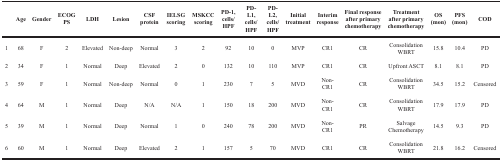
<table><thead><tr><td></td><td colspan="2"><b>Age</b></td><td colspan="2"><b>Gender</b></td><td colspan="2"><b>ECOG PS</b></td><td colspan="2"><b>LDH</b></td><td colspan="2"><b>Lesion</b></td><td colspan="2"><b>CSF protein</b></td><td colspan="2"><b>IELSG scoring</b></td><td colspan="2"><b>MSKCC scoring</b></td><td colspan="2"><b>PD-1, cells/ HPF</b></td><td colspan="2"><b>PD-L1, cells/ HPF</b></td><td colspan="2"><b>PD-L2, cells/ HPF</b></td><td colspan="2"><b>Initial treatment</b></td><td colspan="2"><b>Interim response</b></td><td colspan="2"><b>Final response after primary chemotherapy</b></td><td colspan="2"><b>Treatment after primary chemotherapy</b></td><td colspan="2"><b>OS (mon)</b></td><td colspan="2"><b>PFS (mon)</b></td><td colspan="2"><b>COD</b></td></tr></thead><tbody><tr><td>1</td><td colspan="2">68</td><td colspan="2">F</td><td colspan="2">2</td><td colspan="2">Elevated</td><td colspan="2">Non-deep</td><td colspan="2">Normal</td><td colspan="2">3</td><td colspan="2">2</td><td colspan="2">92</td><td colspan="2">10</td><td colspan="2">0</td><td colspan="2">MVP</td><td colspan="2">CR1</td><td colspan="2">CR</td><td colspan="2">Consolidation WBRT</td><td colspan="2">15.8</td><td colspan="2">10.4</td><td>PD</td></tr><tr><td>2</td><td colspan="2">34</td><td colspan="2">F</td><td colspan="2">1</td><td colspan="2">Normal</td><td colspan="2">Deep</td><td colspan="2">Elevated</td><td colspan="2">2</td><td colspan="2">0</td><td colspan="2">132</td><td colspan="2">10</td><td colspan="2">110</td><td colspan="2">MVP</td><td colspan="2">CR1</td><td colspan="2">CR</td><td colspan="2">Upfront ASCT</td><td colspan="2">8.1</td><td colspan="2">8.1</td><td>PD</td></tr><tr><td>3</td><td colspan="2">59</td><td colspan="2">F</td><td colspan="2">1</td><td colspan="2">Normal</td><td colspan="2">Non-deep</td><td colspan="2">Normal</td><td colspan="2">0</td><td colspan="2">1</td><td colspan="2">230</td><td colspan="2">7</td><td colspan="2">5</td><td colspan="2">MVD</td><td colspan="2">Non- CR1</td><td colspan="2">CR</td><td colspan="2">Consolidation WBRT</td><td colspan="2">34.5</td><td colspan="2">15.2</td><td>Censored</td></tr><tr><td>4</td><td colspan="2">64</td><td colspan="2">M</td><td colspan="2">1</td><td colspan="2">Normal</td><td colspan="2">Deep</td><td colspan="2">N/A</td><td colspan="2">N/A</td><td colspan="2">1</td><td colspan="2">150</td><td colspan="2">18</td><td colspan="2">200</td><td colspan="2">MVD</td><td colspan="2">Non- CR1</td><td colspan="2">CR</td><td colspan="2">Consolidation WBRT</td><td colspan="2">17.9</td><td colspan="2">17.9</td><td>PD</td></tr><tr><td>5</td><td colspan="2">39</td><td colspan="2">M</td><td colspan="2">1</td><td colspan="2">Normal</td><td colspan="2">Deep</td><td colspan="2">Normal</td><td colspan="2">1</td><td colspan="2">0</td><td colspan="2">240</td><td colspan="2">78</td><td colspan="2">200</td><td colspan="2">MVD</td><td colspan="2">Non- CR1</td><td colspan="2">PR</td><td colspan="2">Salvage Chemotherapy</td><td colspan="2">14.5</td><td colspan="2">9.3</td><td>PD</td></tr><tr><td>6</td><td colspan="2">60</td><td colspan="2">M</td><td colspan="2">1</td><td colspan="2">Normal</td><td colspan="2">Deep</td><td colspan="2">Elevated</td><td colspan="2">2</td><td colspan="2">1</td><td colspan="2">157</td><td colspan="2">5</td><td colspan="2">70</td><td colspan="2">MVD</td><td colspan="2">CR1</td><td colspan="2">CR</td><td colspan="2">Consolidation WBRT</td><td colspan="2">21.8</td><td colspan="2">16.2</td><td>Censored</td></tr></tbody></table>